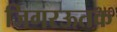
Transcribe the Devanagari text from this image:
जिगरऊतक